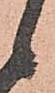
候